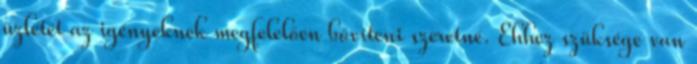
üzletét az igényeknek megfelelően bővíteni szeretné. Ehhez szüksége van